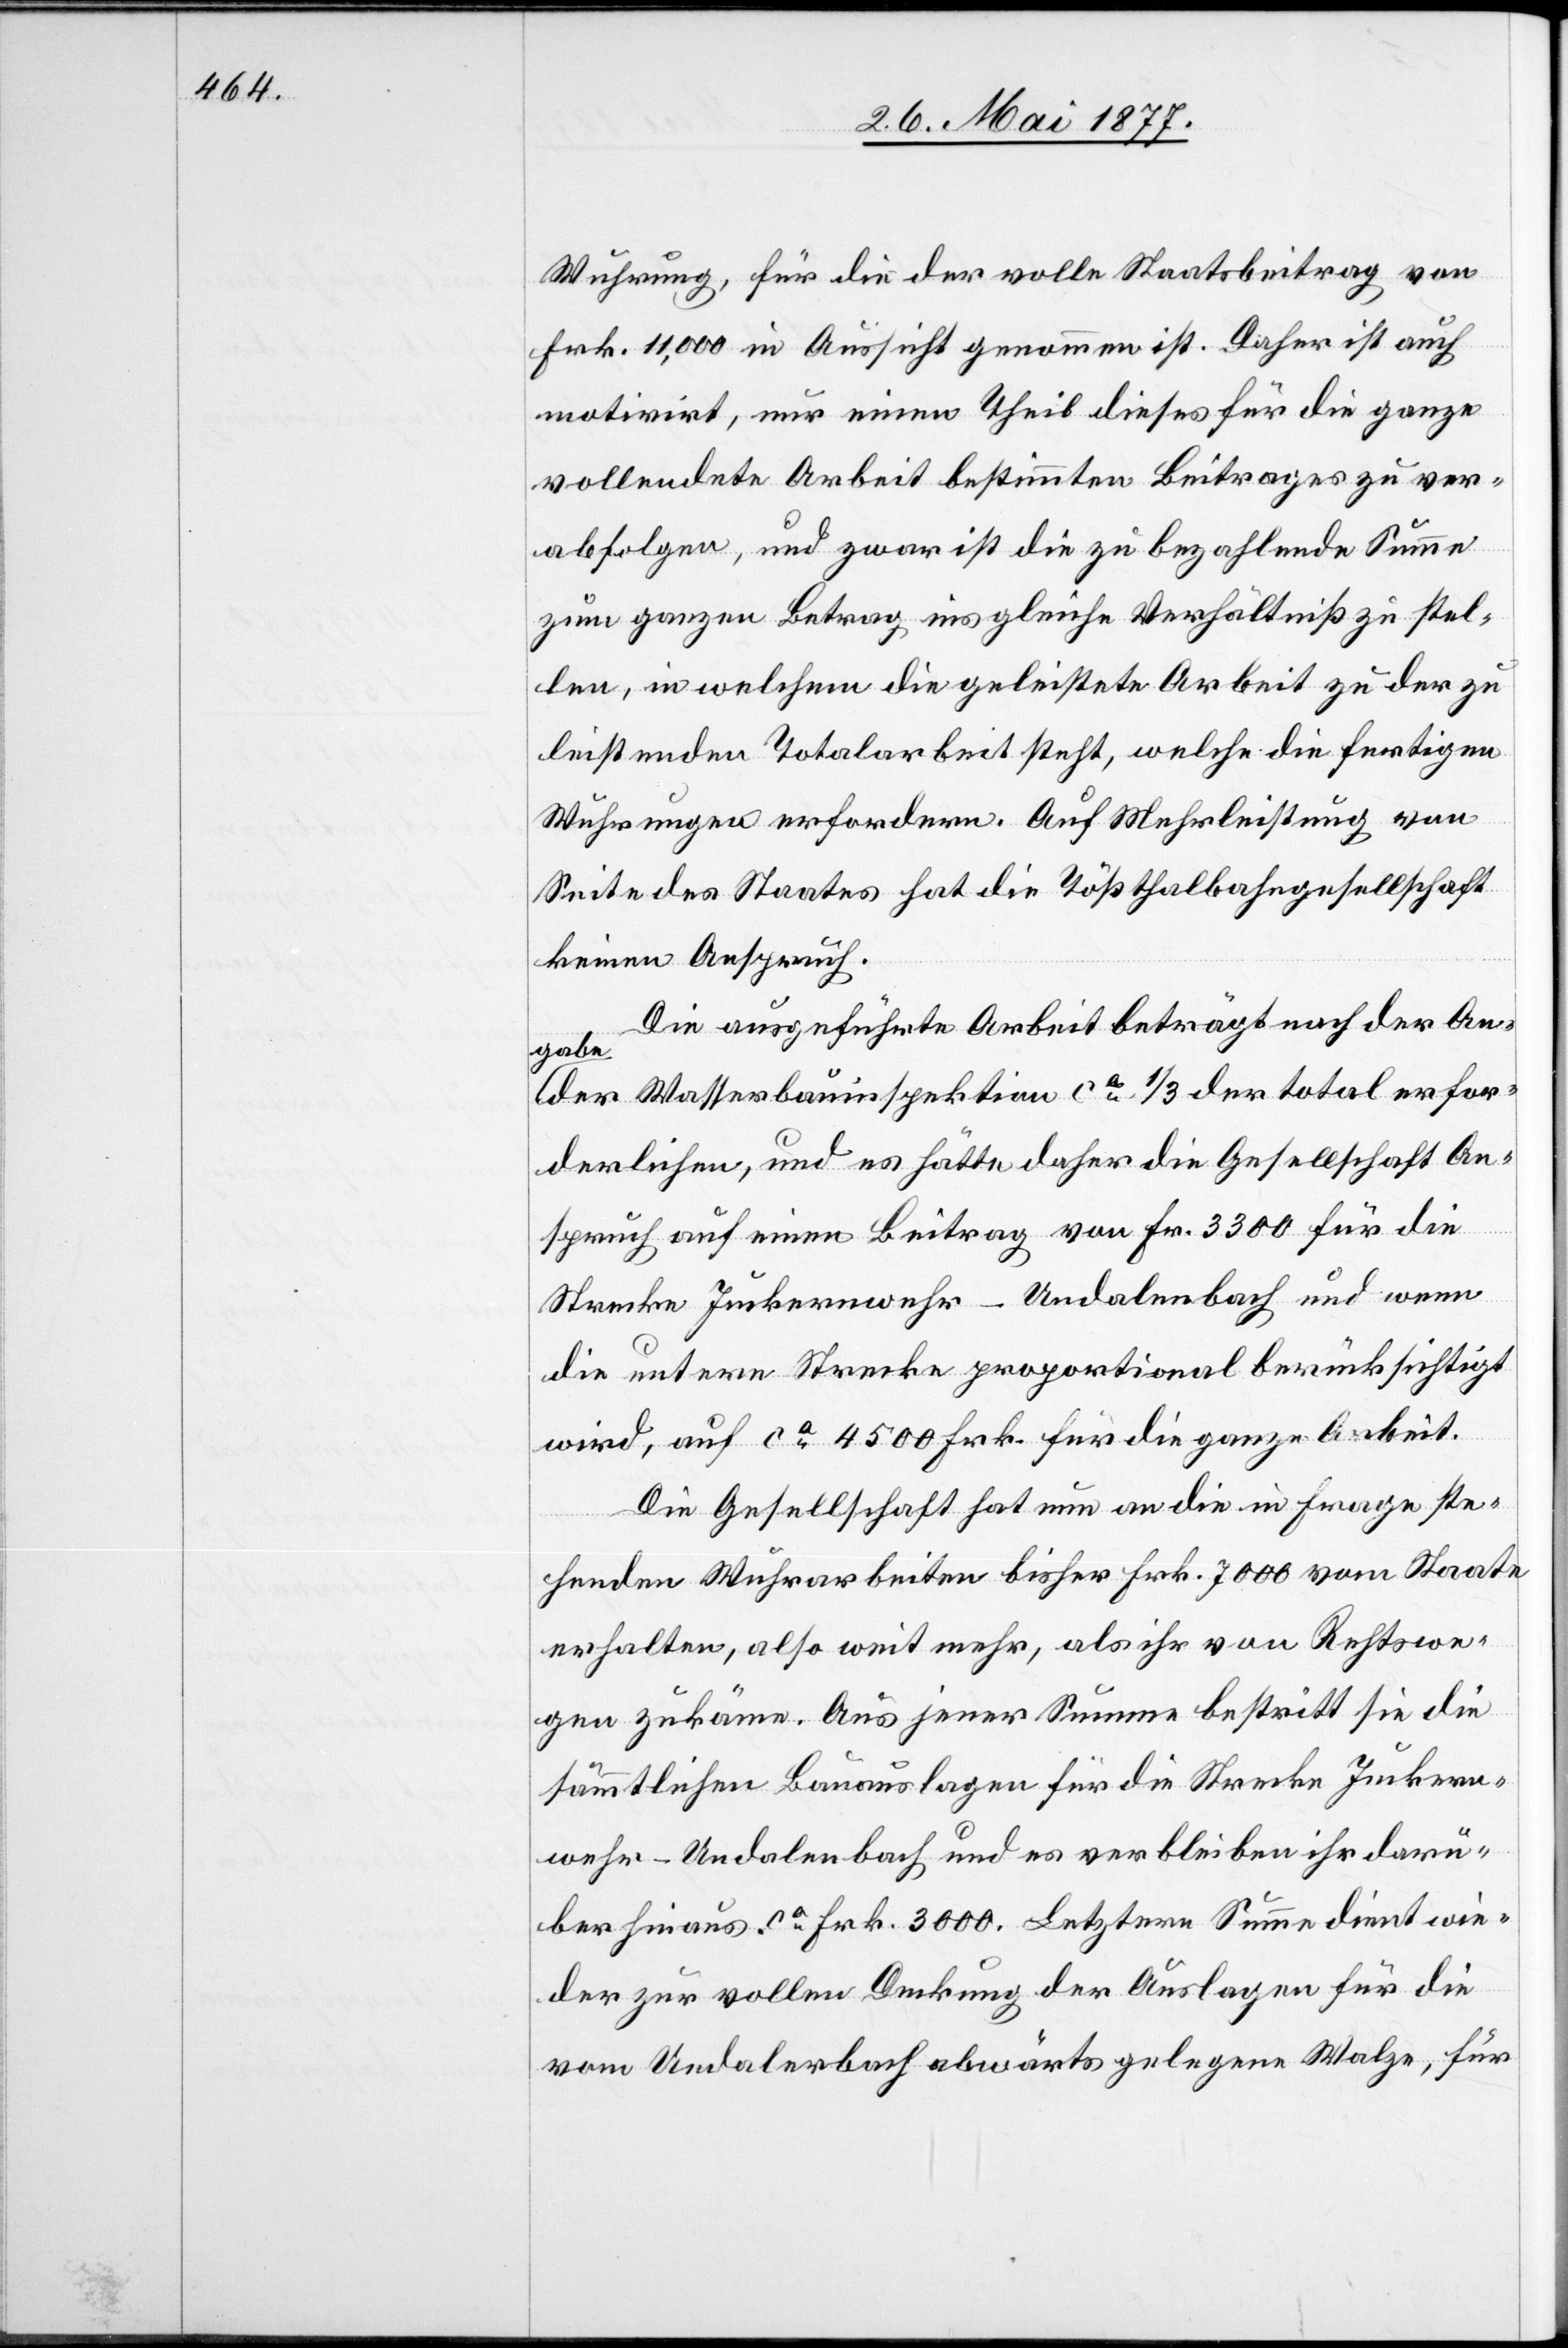
Wuhrung, für die der volle Staatsbeitrag von
Frk. 11,000 in Aussicht genommen ist. Daher ist auch
motivirt, nur einen Theil dieses für die ganze
vollendete Arbeit bestimmten Beitrages zu ver¬
abfolgen, und zwar ist die zu bezahlende Summe
zum ganzen Betrag ins gleiche Verhältniß zu stel¬
len, in welchem die gelistete Arbeit zu der zu
leistenden Totalarbeit steht, welche die fertigen
Wuhrungen erfordern. Auf Mehrleistung von
Seite des Staates hat die Tößthalbahn keinen Anspruch.
Die ausgeführte Arbeit beträgt nach der An¬
gabe
der Wasserbauinspektion ca 1/3 der total erfor¬
derlichen, und es hätte daher die Gesellschaft An¬
spruch auf einen Beitrag von Fr. 3300 für die
Strecke Juckernwehr–Undalenbach und wenn
die untere Strecke proportional berücksichtigt
wird, auf ca 4500 Frk. für die ganze Arbeit.
Die Gesellschaft hat nun an die in Frage ste¬
henden Wuhrarbeiten bisher Frk. 7000 vom Staate
erhalten, also weit mehr, als ihr von Rechtswe¬
gen zukäme. Aus jener Summe bestritt sie die
sämmtlichen Bauauslagen für die Strecke Juckern¬
wehr–Undalenbach und es verbleiben ihr darü¬
ber hinaus ca Frk. 3000. Letztere Summe dient wie¬
der zur vollen Deckung der Auslagen für die
von Undalerbach abwärts gelegene Walze, für